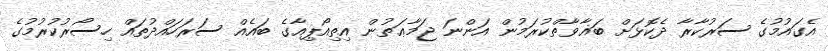
އެގައުމުގެ ސަރުކާރާ ދެކޮޅަށް ބަޣާވާތްކުރަމުން އަންނަ ޖަމާޢަތުން އިތިއޯޕިއާގެ ބައެއް ސަރަހައްދުތައް ހިސޯރުކުރުމުގެ